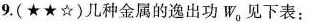
9.(★★☆)几种金属的逸出功W_{0}见下表：